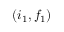
( i _ { 1 } , f _ { 1 } )